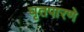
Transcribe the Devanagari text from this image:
घृतपारणे